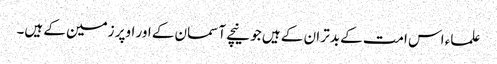
علماء اس امت کے بدتر ان کے ہیں جو نیچے آسمان کے اور اوپر زمین کے ہیں۔